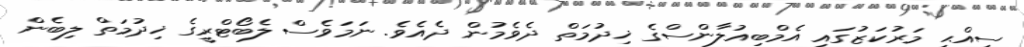
ސިއްޙީ މަރުކަޒުގައި އެމްބިއުލާންސްގެ ޚިދުމަތް ދެވެމުން ދެއެވެ. ނަމަވެސް ލެބޯޓްރީގެ ޚިދުމަތް ލިބެން